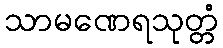
သာမဏေရသုတ္တံ